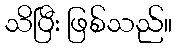
သိပြီး ဖြစ်သည်။